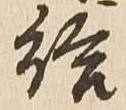
給